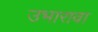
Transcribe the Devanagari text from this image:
उभारावा